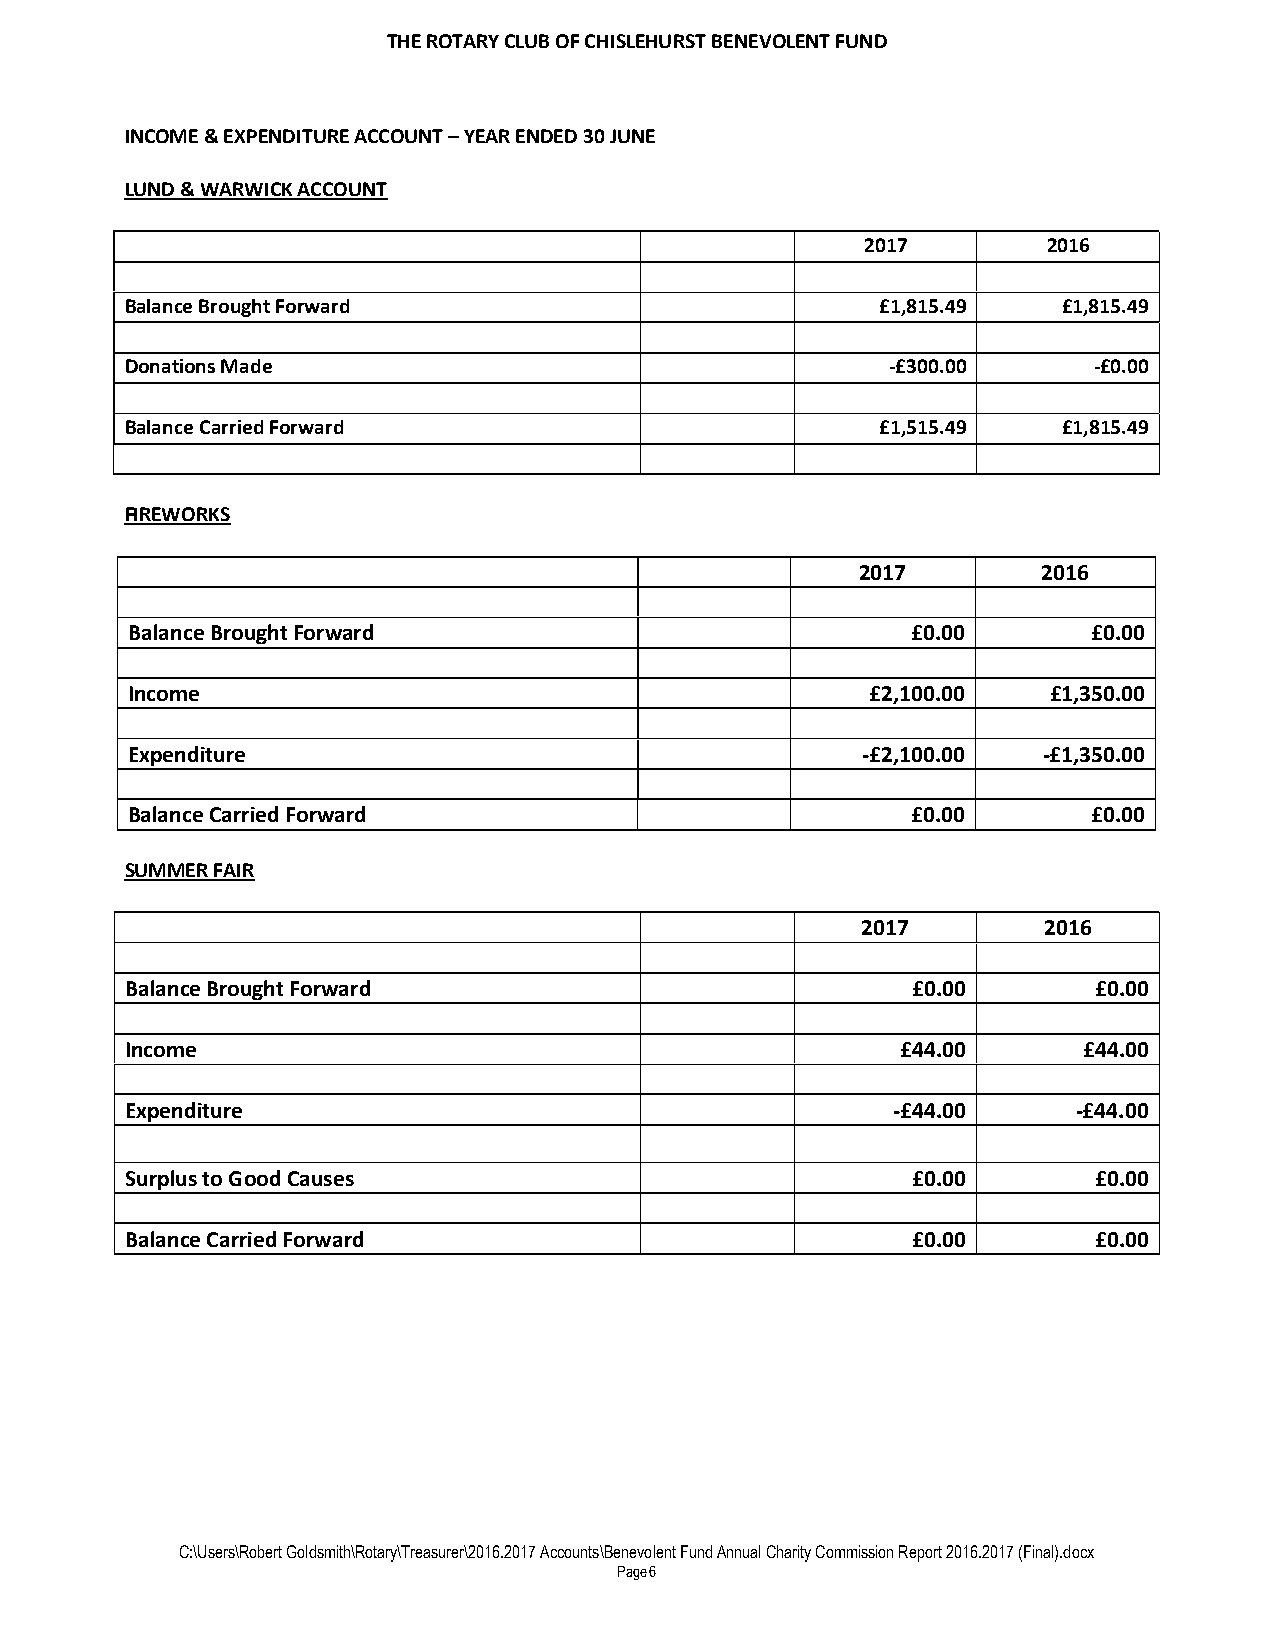
THE ROTARY CLUB OF CHISLEHURST BENEVOLENT FUND
 INCOME & EXPENDITURE ACCOUNT – YEAR ENDED 30 JUNE
 LUND & WARWICK ACCOUNT
 2017        2016
 Balance Brought Forward                           £1,815.49   £1,815.49
 Donations Made                                     -£300.00     -£0.00
 Balance Carried Forward                           £1,515.49   £1,815.49
 FIREWORKS
 2017        2016
 Balance Brought Forward                             £0.00       £0.00
 Income                                            £2,100.00   £1,350.00
 Expenditure                                      -£2,100.00  -£1,350.00
 Balance Carried Forward                             £0.00       £0.00
 SUMMER FAIR
 2017        2016
 Balance Brought Forward                             £0.00       £0.00
 Income                                              £44.00      £44.00
 Expenditure                                        -£44.00     -£44.00
 Surplus to Good Causes                              £0.00       £0.00
 Balance Carried Forward                             £0.00       £0.00
 C:\Users\Robert Goldsmith\Rotary\Treasurer\2016.2017 Accounts\Benevolent Fund Annual Charity Commission Report 2016.2017 (Final).docx
 Page6